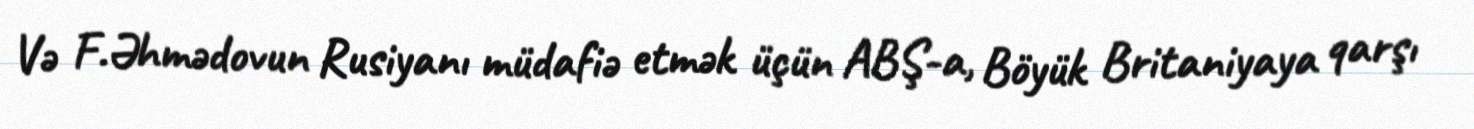
Və F.Əhmədovun Rusiyanı müdafiə etmək üçün ABŞ-a, Böyük Britaniyaya qarşı